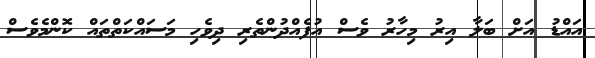
އައްޑު އަށް ބަލާ އިރު މިހާރު ވެސް އުފެއްދުންތެރި ދިވެހި މަސައްކަތްތައް ކޮންމެވެސް